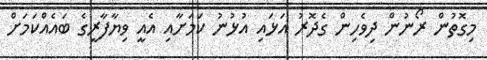
މިގޮތުން ރޯނުން ދިވެހިން ގެދޮރު އަޅައި އުޅުނު ކަމަށާއި އެއީ ވިޔާފާރީގެ ބައެއްކަމަށް